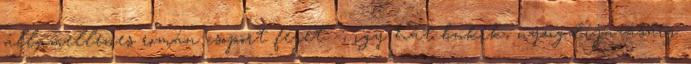
államellenes román csoport fejét –, így hát bukik, nyugdíjazásáig